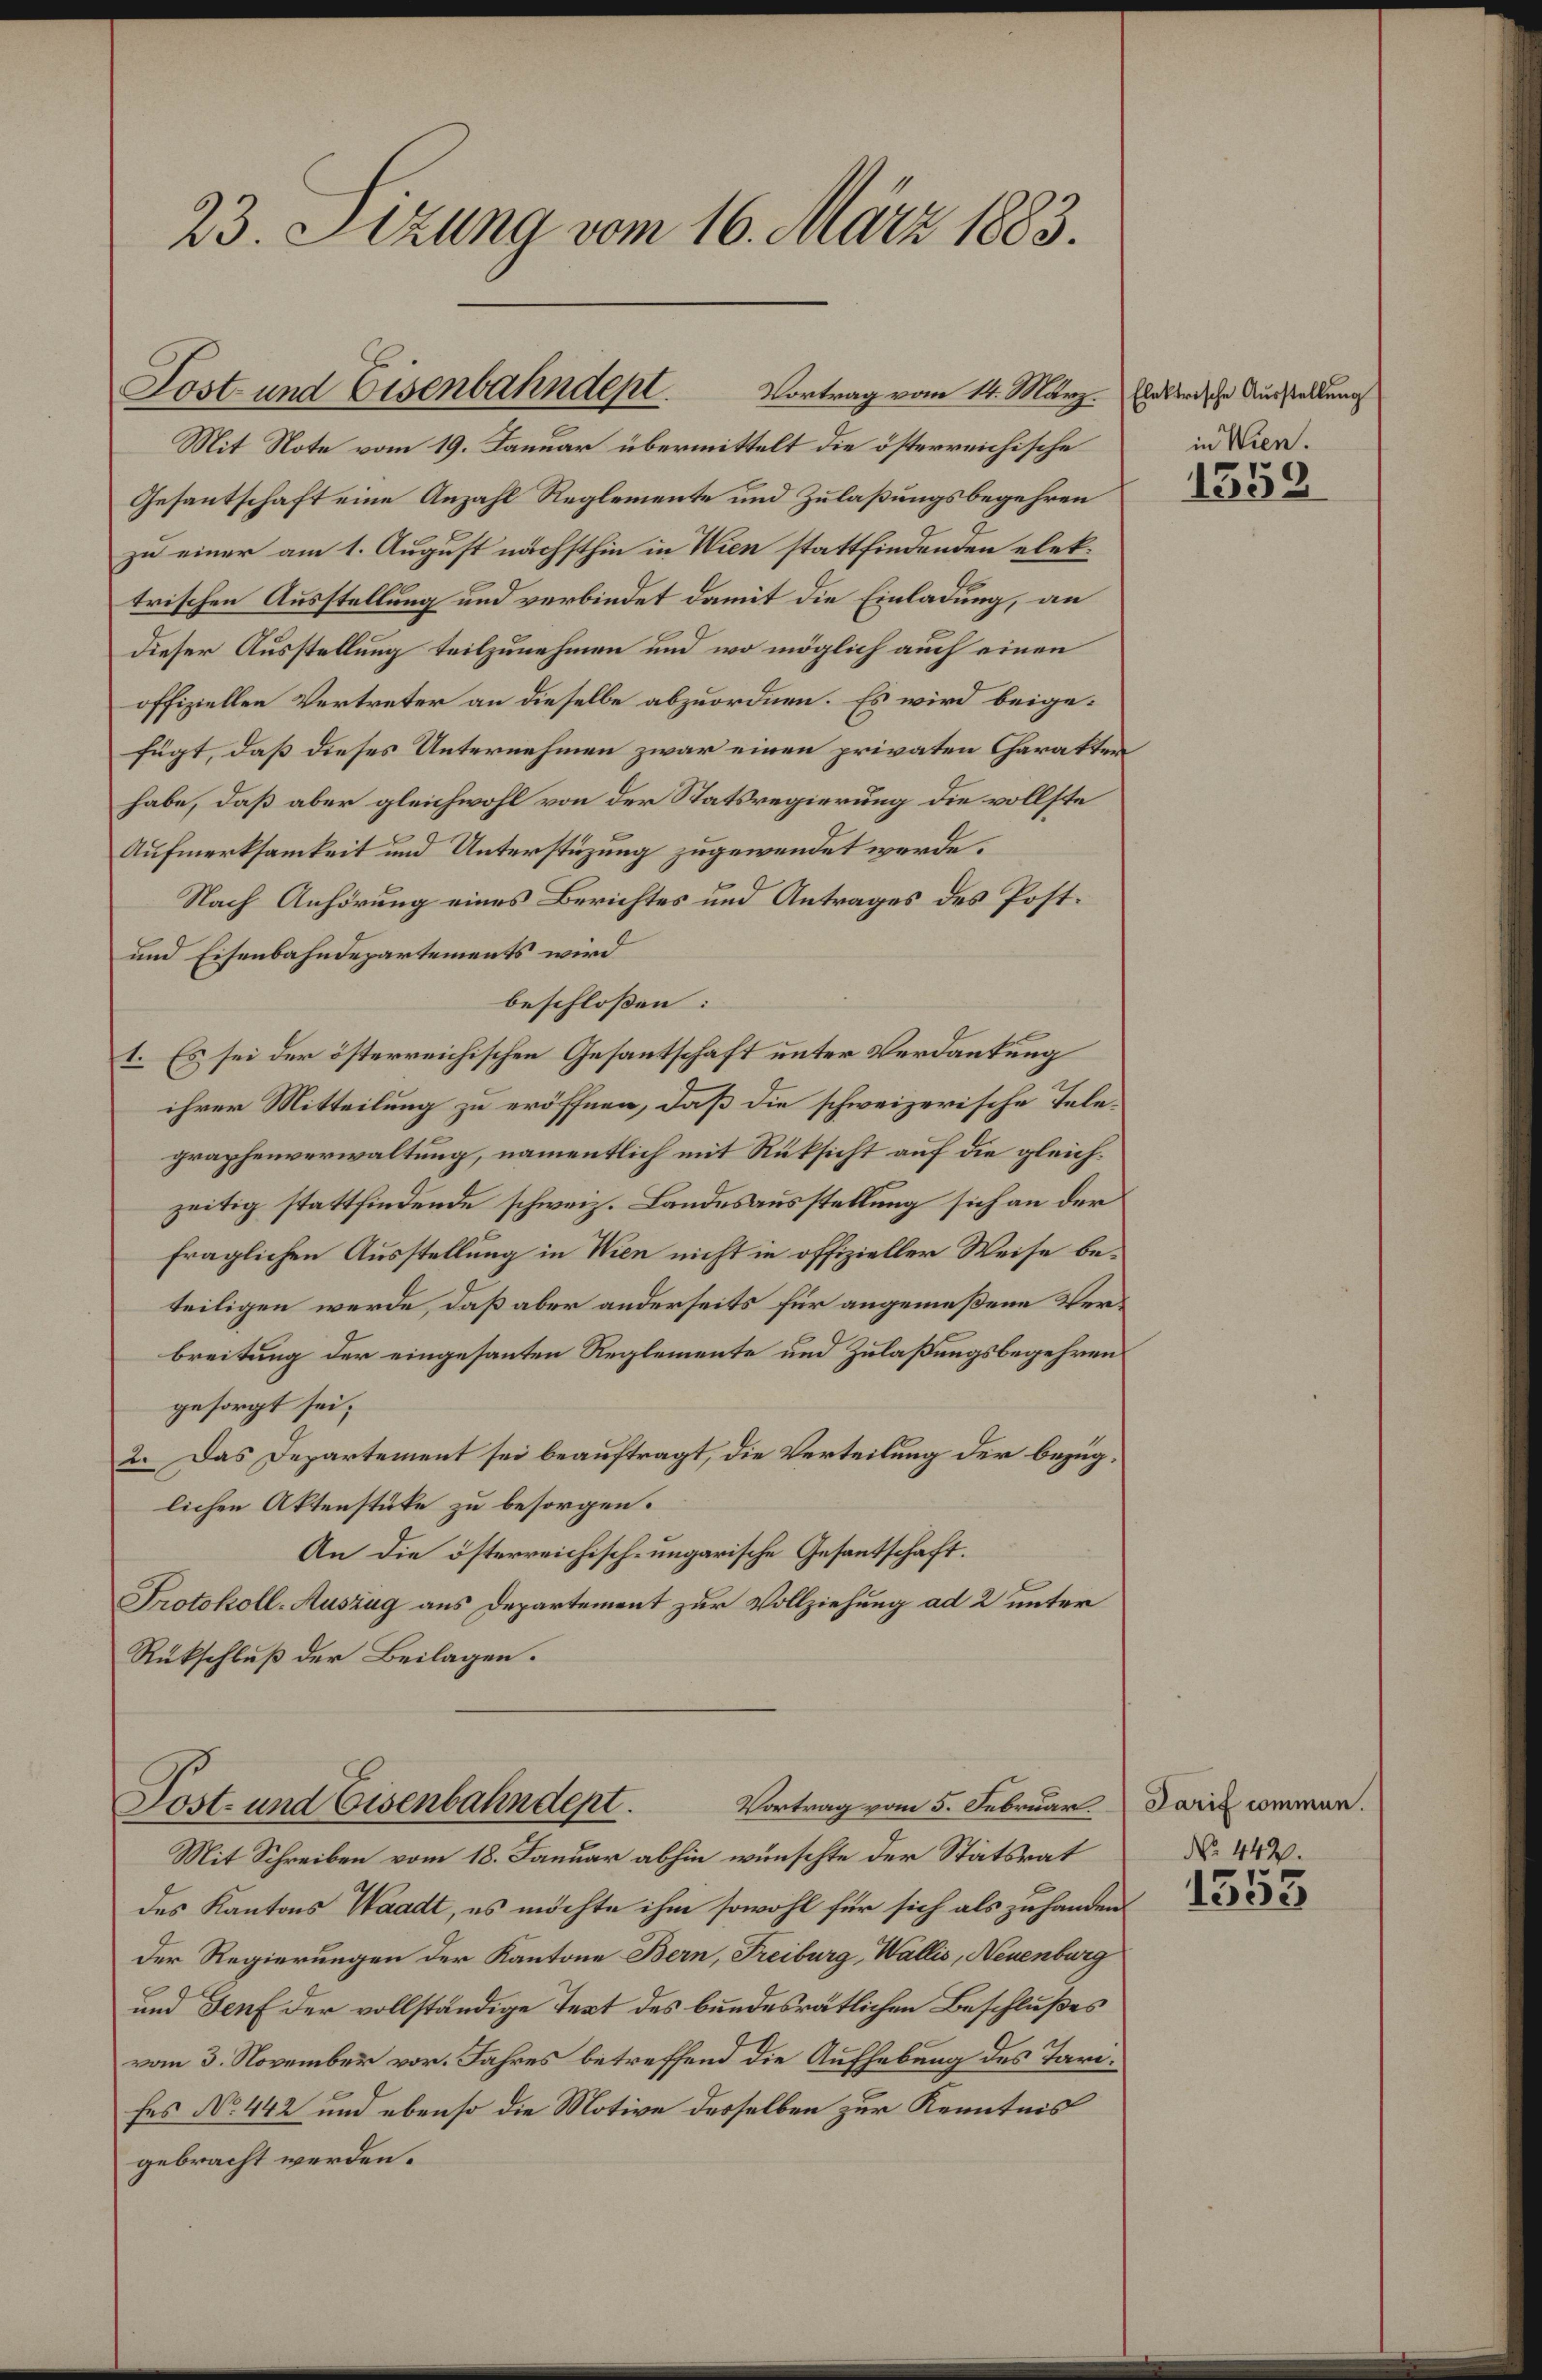
23. Sizung vom 16. März 1883.

Lost und Eisenbahndept. Vortrag vom 14. März. Erbarische Ausstellung

Mit Note vom 19. Januar übermittelt die österreichische
Gesantschaft eine Anzahl Reglemente und Zulaßungsbegehren
zu einer am 1. August nächsthin in Wien stattfindenden elektrischen Ausstellung und verbindet damit die Einladung, an
dieser Ausstellung teilzunehmen und wo möglich auch einen
offiziellen Vertreter an dieselbe abzuordnen. Es wird beigefügt, daß dieses Unternehmen zwar einen privaten Charakter
habe, daß aber gleichwohl von der Statsregierung die vollste
Aufmerksamkeit und Unterstüzung zugewendet werde.
Nach Anhörung eines Berichtes und Antrages des Post¬
und Eisenbahndepartements wird
beschloßen:
1. Es sei der österreichischen Gesantschaft unter Verdankung
ihrer Mitteilung zu eröffnen, daß die schweizerische Telegraphenverwaltung, namentlich mit Rüksicht auf die gleichzeitig stattfindende schweiz. Landesausstellung sich an der
fraglichen Ausstellung in Wien nicht in offizieller Weise beteiligen werde, daß aber anderseits für angemeßene Verbreitung der eingesanten Reglemente und Zulaßungsbegehren
gesorgt sei;
2. Das Departement sei beauftragt, die Verteilung der bezuglichen Aktenstüke zu besorgen.
An die österreichisch-ungarische Gesandtschaft.
Protokoll-Auszug aus Departement zur Vollziehung ad 2 unter
Rükschluß der Beilagen.

Vortrag vom 5. Februar Tarif commen.
Post- und Eisenbahndept.

Mit Schreiben vom 18. Januar abhin wünschte der Stätsrat
des Kantons Waadt, es möchte ihm sowohl für sich als zu handen
Der Regierungen der Kantone Bern, Freiburg, Wallis, Neuenburg
und Genf der vollständige Text des bundesrätlichen Beschlußes
vom 3. November vor. Jahres betreffend die Aufhebung des Tarifes No 442 und ebenso die Motive desselben zur Kenntnis
gebracht werden.

in Wien.

1352

No. 442.

1353